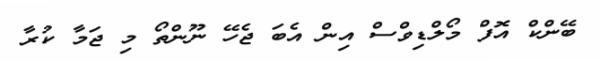
ބޭންކް އޮފް މޯލްޑިވްސް އިން އެބަ ޖެހޭ ނޫންތޯ މި ޖަމާ ކުރާ